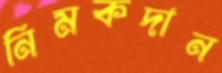
নিমকদান